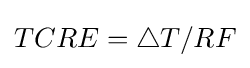
TCRE=\bigtriangleup T/RF